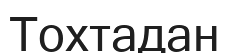
Тохтадан